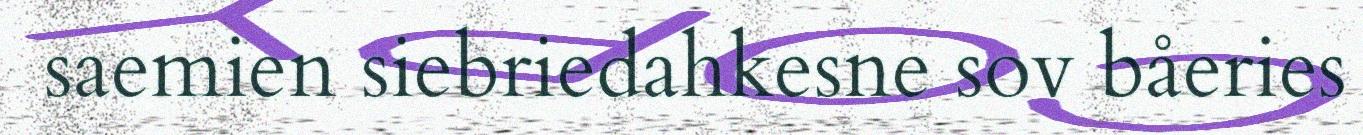
saemien siebriedahkesne sov båeries